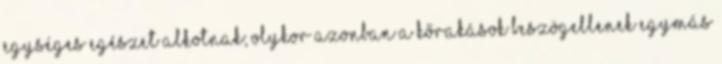
egységes egészet alkotnak; olykor azonban a kőrakások beszögellenek egymás